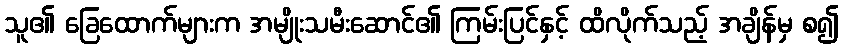
သူ၏ ခြေထောက်များက အမျိုးသမီးဆောင်၏ ကြမ်းပြင်နှင့် ထိလိုက်သည့် အချိန်မှ စ၍